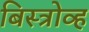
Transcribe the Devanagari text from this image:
बिस्त्रोव्ह